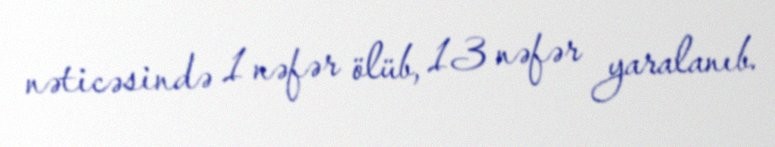
nəticəsində 1 nəfər ölüb, 13 nəfər yaralanıb.